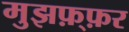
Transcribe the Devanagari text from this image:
मुझफ़्फ़र